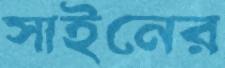
সাইনের